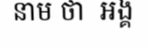
នាម ថា  អង្គ